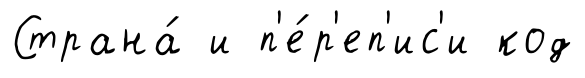
Страна́ и п'е́р'еп'ис'и код